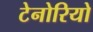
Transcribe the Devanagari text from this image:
टेनोरियो